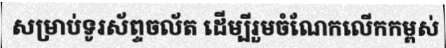
សម្រាប់ទូរស័ព្ទចល័ត ដើម្បីរួមចំណែកលើកកម្ពស់